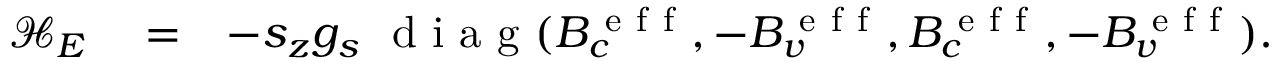
\begin{array} { r l r } { \mathcal { H } _ { E } } & { { } = } & { - s _ { z } g _ { s } \ \mathrm { ~ d ~ i ~ a ~ g ~ } ( B _ { c } ^ { \mathrm { ~ e ~ f ~ f ~ } } , - B _ { v } ^ { \mathrm { ~ e ~ f ~ f ~ } } , B _ { c } ^ { \mathrm { ~ e ~ f ~ f ~ } } , - B _ { v } ^ { \mathrm { ~ e ~ f ~ f ~ } } ) . } \end{array}